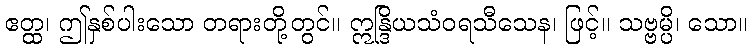
ဧတ္ထ၊ ဤနှစ်ပါးသော တရားတို့တွင်။ ဣန္ဒြိယသံဝရသီသေန၊ ဖြင့်။ သဗ္ဗမ္ပိ၊ သော။